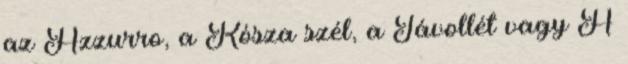
az Azzurro, a Kósza szél, a Távollét vagy A